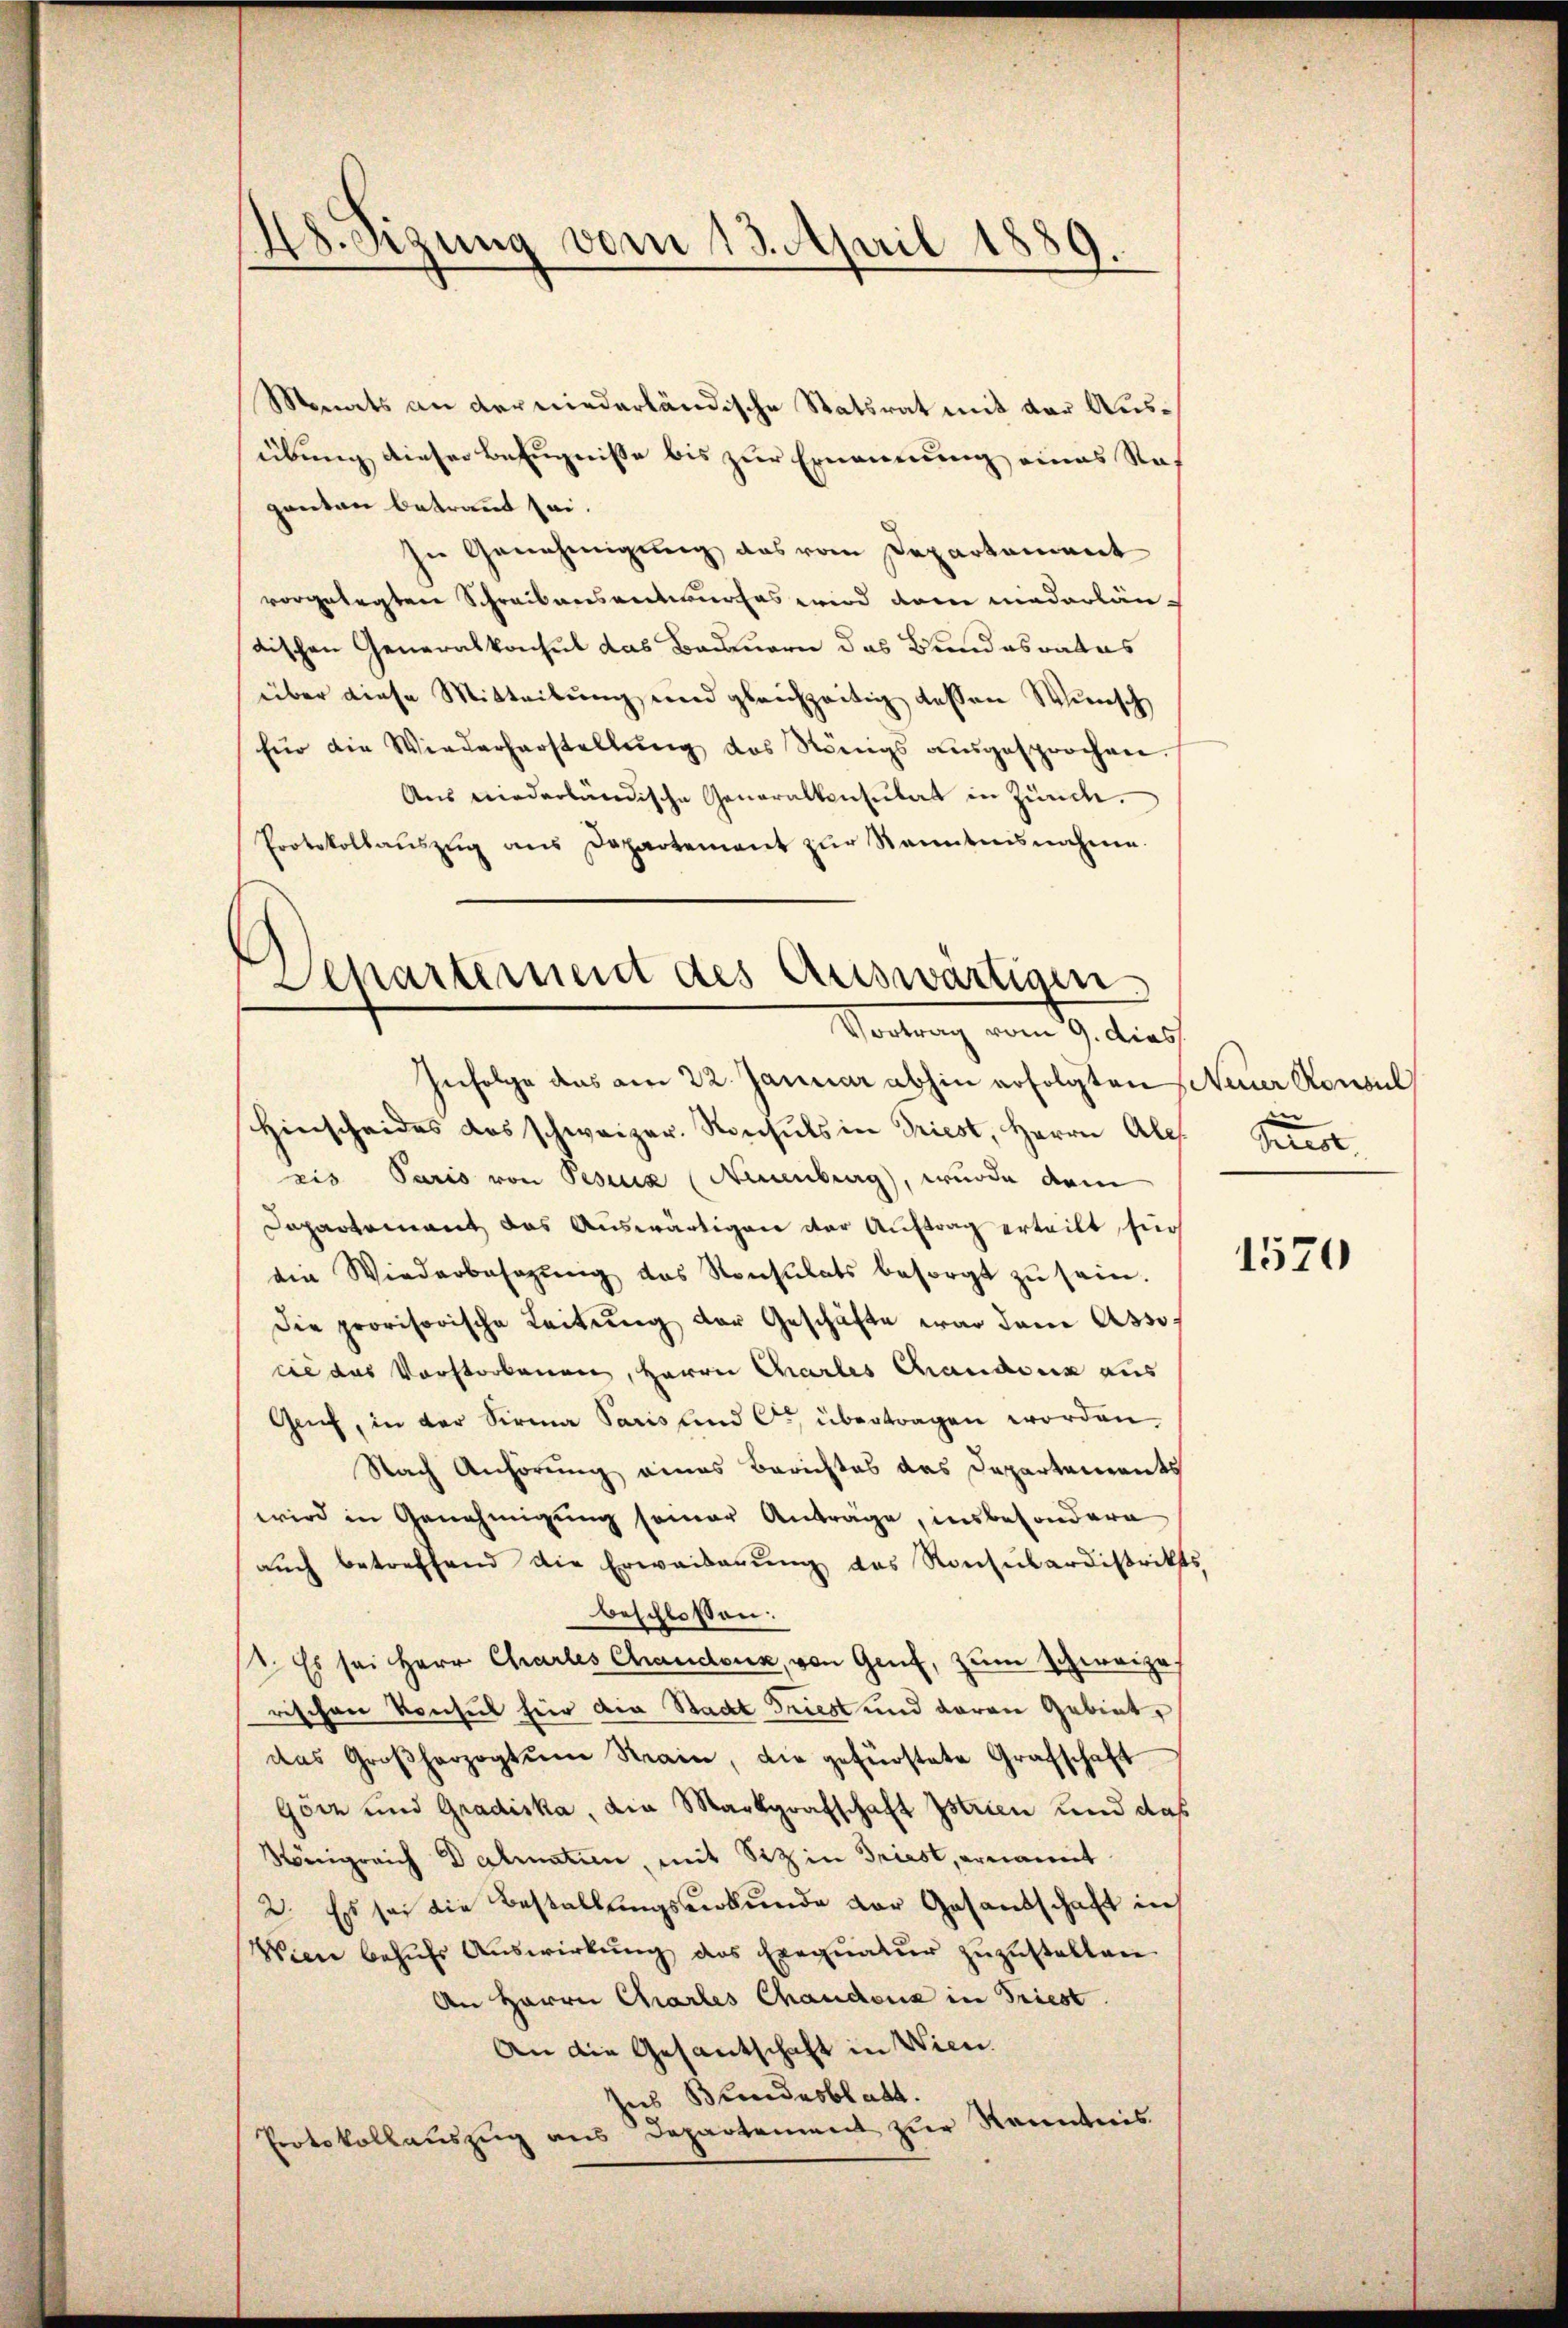
Monats an der niederländische Statsrat mit der Ausübung dieser Befugnisse bis zur Ernennung eines Rasgenten betraut sei.
In Genehmigung das vom Departement
vorgelegten Schreibensentwurfes wird dann niederländischen Generalkonsul das Bauern das Bundesrates
über diese Mitteilung und gleichzeitig dessen Wunsch
für die Wiederherstellung des Königs ausgesprochen.
Aus niederländische Generalkonsulat in Zünch.
Protokollaŭszŭg ans Departement zŭr Kenntnisnahme.

Hegung vom 13. April 1889.

Departement des Auswärtigen.
Vortrag vom 9. dies
Infolge das am 22. Januar abhin erfolgten Neuer Konsul

hinscheides das schweizer. Konsuls in Triest, Herrn Ales. Griest,
zis Paris von Pesius (Neuenburg, wurde dem
Dapartement das Auswärtigen der Auftrag erteilt, für
ein Wiederbesagŭng das Konsulats besorgt zŭ sein.
Die provisorische Leitung der Geschäfte war dann Associe das Vorstorbenen, Herrn Charles Gandern aus
Geif, in der Sirma Paris und C. übertragen worden.
Nach Anhörung eines Berichtes das Departements
wird in Genehmigung seiner Anträge, insbesondere
aŭch betreffend die Erwaiderŭng des Konsulardistrikts
beschlossen:
 Es sei Herr Chartes Chaudoux, von Genf, zum Schweize
rischen Konsul hier die Stadt Friest und daran Gebiet,
das Großherzogtŭm Strain, die gefürstete Grafschaft
Görz und Gradiska, die Markgrafschaft Istrien und das
Königreich Dalmatien, mit Siz in Griest, ernamt
2. Es sei die Bestallungsverbunde vor Gesandschaft in
Wien behŭfs Aŭswirkŭng des Exeqŭatŭr zŭzŭstellen.
An Herrn Chartes Chaudenz in Triest.
An die Gesantschaft in Wien.
hus Bundesblatt.
Protokollauszug aus Departement zur Kenntnis.

1570